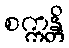
စက္ကန္တိ